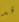
قد